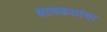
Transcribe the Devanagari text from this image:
बालकथांचा